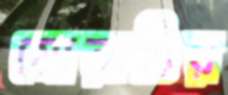
মোরাত্তির